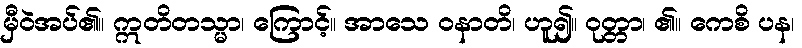
မှီဝဲအပ်၏။ ဣတိတသ္မာ၊ ကြောင့်။ အာသေ ဝနာတိ၊ ဟူ၍။ ဝုတ္တာ၊ ၏။ ကေစိ ပန၊